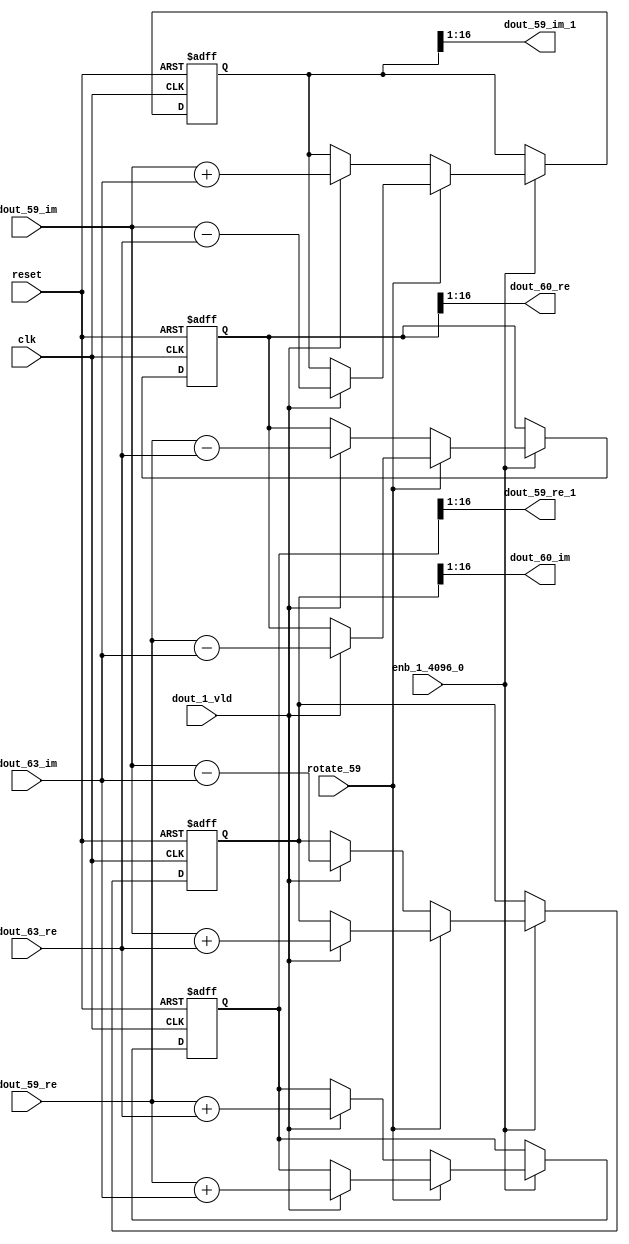
// -------------------------------------------------------------
// 
// 
// Generated by MATLAB 9.14 and HDL Coder 4.1
// 
// -------------------------------------------------------------


// -------------------------------------------------------------
// 
// Module: RADIX22FFT_SDNF2_6_block28
// Source Path: dsphdl.IFFT/RADIX22FFT_SDNF2_6
// Hierarchy Level: 4
// 
// -------------------------------------------------------------

`timescale 1 ns / 1 ns

module RADIX22FFT_SDNF2_6_block28
          (clk,
           reset,
           enb_1_4096_0,
           rotate_59,
           dout_59_re,
           dout_59_im,
           dout_63_re,
           dout_63_im,
           dout_1_vld,
           dout_59_re_1,
           dout_59_im_1,
           dout_60_re,
           dout_60_im);


  input   clk;
  input   reset;
  input   enb_1_4096_0;
  input   rotate_59;  // ufix1
  input   signed [15:0] dout_59_re;  // sfix16_En14
  input   signed [15:0] dout_59_im;  // sfix16_En14
  input   signed [15:0] dout_63_re;  // sfix16_En14
  input   signed [15:0] dout_63_im;  // sfix16_En14
  input   dout_1_vld;
  output  signed [15:0] dout_59_re_1;  // sfix16_En14
  output  signed [15:0] dout_59_im_1;  // sfix16_En14
  output  signed [15:0] dout_60_re;  // sfix16_En14
  output  signed [15:0] dout_60_im;  // sfix16_En14


  reg  Radix22ButterflyG2_NF_din_vld_dly;
  reg signed [16:0] Radix22ButterflyG2_NF_btf1_re_reg;  // sfix17
  reg signed [16:0] Radix22ButterflyG2_NF_btf1_im_reg;  // sfix17
  reg signed [16:0] Radix22ButterflyG2_NF_btf2_re_reg;  // sfix17
  reg signed [16:0] Radix22ButterflyG2_NF_btf2_im_reg;  // sfix17
  reg  Radix22ButterflyG2_NF_din_vld_dly_next;
  reg signed [16:0] Radix22ButterflyG2_NF_btf1_re_reg_next;  // sfix17_En14
  reg signed [16:0] Radix22ButterflyG2_NF_btf1_im_reg_next;  // sfix17_En14
  reg signed [16:0] Radix22ButterflyG2_NF_btf2_re_reg_next;  // sfix17_En14
  reg signed [16:0] Radix22ButterflyG2_NF_btf2_im_reg_next;  // sfix17_En14
  reg signed [15:0] dout_59_re_2;  // sfix16_En14
  reg signed [15:0] dout_59_im_2;  // sfix16_En14
  reg signed [15:0] dout_60_re_1;  // sfix16_En14
  reg signed [15:0] dout_60_im_1;  // sfix16_En14
  reg  dout_6_vld;
  reg signed [16:0] Radix22ButterflyG2_NF_add_cast;  // sfix17_En14
  reg signed [16:0] Radix22ButterflyG2_NF_add_cast_0;  // sfix17_En14
  reg signed [16:0] Radix22ButterflyG2_NF_add_cast_1;  // sfix17_En14
  reg signed [16:0] Radix22ButterflyG2_NF_add_cast_2;  // sfix17_En14
  reg signed [16:0] Radix22ButterflyG2_NF_sub_cast;  // sfix17_En14
  reg signed [16:0] Radix22ButterflyG2_NF_sub_cast_0;  // sfix17_En14
  reg signed [16:0] Radix22ButterflyG2_NF_sub_cast_1;  // sfix17_En14
  reg signed [16:0] Radix22ButterflyG2_NF_sub_cast_2;  // sfix17_En14
  reg signed [16:0] Radix22ButterflyG2_NF_sra_temp;  // sfix17_En14
  reg signed [16:0] Radix22ButterflyG2_NF_add_cast_3;  // sfix17_En14
  reg signed [16:0] Radix22ButterflyG2_NF_add_cast_4;  // sfix17_En14
  reg signed [16:0] Radix22ButterflyG2_NF_add_cast_5;  // sfix17_En14
  reg signed [16:0] Radix22ButterflyG2_NF_add_cast_6;  // sfix17_En14
  reg signed [16:0] Radix22ButterflyG2_NF_sra_temp_0;  // sfix17_En14
  reg signed [16:0] Radix22ButterflyG2_NF_sub_cast_3;  // sfix17_En14
  reg signed [16:0] Radix22ButterflyG2_NF_sub_cast_4;  // sfix17_En14
  reg signed [16:0] Radix22ButterflyG2_NF_sub_cast_5;  // sfix17_En14
  reg signed [16:0] Radix22ButterflyG2_NF_sub_cast_6;  // sfix17_En14
  reg signed [16:0] Radix22ButterflyG2_NF_sra_temp_1;  // sfix17_En14
  reg signed [16:0] Radix22ButterflyG2_NF_sra_temp_2;  // sfix17_En14


  // Radix22ButterflyG2_NF
  always @(posedge clk or posedge reset)
    begin : Radix22ButterflyG2_NF_process
      if (reset == 1'b1) begin
        Radix22ButterflyG2_NF_din_vld_dly <= 1'b0;
        Radix22ButterflyG2_NF_btf1_re_reg <= 17'sb00000000000000000;
        Radix22ButterflyG2_NF_btf1_im_reg <= 17'sb00000000000000000;
        Radix22ButterflyG2_NF_btf2_re_reg <= 17'sb00000000000000000;
        Radix22ButterflyG2_NF_btf2_im_reg <= 17'sb00000000000000000;
      end
      else begin
        if (enb_1_4096_0) begin
          Radix22ButterflyG2_NF_din_vld_dly <= Radix22ButterflyG2_NF_din_vld_dly_next;
          Radix22ButterflyG2_NF_btf1_re_reg <= Radix22ButterflyG2_NF_btf1_re_reg_next;
          Radix22ButterflyG2_NF_btf1_im_reg <= Radix22ButterflyG2_NF_btf1_im_reg_next;
          Radix22ButterflyG2_NF_btf2_re_reg <= Radix22ButterflyG2_NF_btf2_re_reg_next;
          Radix22ButterflyG2_NF_btf2_im_reg <= Radix22ButterflyG2_NF_btf2_im_reg_next;
        end
      end
    end

  always @(Radix22ButterflyG2_NF_btf1_im_reg, Radix22ButterflyG2_NF_btf1_re_reg,
       Radix22ButterflyG2_NF_btf2_im_reg, Radix22ButterflyG2_NF_btf2_re_reg,
       Radix22ButterflyG2_NF_din_vld_dly, dout_1_vld, dout_59_im, dout_59_re,
       dout_63_im, dout_63_re, rotate_59) begin
    Radix22ButterflyG2_NF_add_cast_1 = 17'sb00000000000000000;
    Radix22ButterflyG2_NF_add_cast_2 = 17'sb00000000000000000;
    Radix22ButterflyG2_NF_sub_cast_1 = 17'sb00000000000000000;
    Radix22ButterflyG2_NF_sub_cast_2 = 17'sb00000000000000000;
    Radix22ButterflyG2_NF_add_cast_5 = 17'sb00000000000000000;
    Radix22ButterflyG2_NF_add_cast_6 = 17'sb00000000000000000;
    Radix22ButterflyG2_NF_sub_cast_5 = 17'sb00000000000000000;
    Radix22ButterflyG2_NF_sub_cast_6 = 17'sb00000000000000000;
    Radix22ButterflyG2_NF_add_cast = 17'sb00000000000000000;
    Radix22ButterflyG2_NF_add_cast_0 = 17'sb00000000000000000;
    Radix22ButterflyG2_NF_sub_cast = 17'sb00000000000000000;
    Radix22ButterflyG2_NF_sub_cast_0 = 17'sb00000000000000000;
    Radix22ButterflyG2_NF_add_cast_3 = 17'sb00000000000000000;
    Radix22ButterflyG2_NF_add_cast_4 = 17'sb00000000000000000;
    Radix22ButterflyG2_NF_sub_cast_3 = 17'sb00000000000000000;
    Radix22ButterflyG2_NF_sub_cast_4 = 17'sb00000000000000000;
    Radix22ButterflyG2_NF_btf1_re_reg_next = Radix22ButterflyG2_NF_btf1_re_reg;
    Radix22ButterflyG2_NF_btf1_im_reg_next = Radix22ButterflyG2_NF_btf1_im_reg;
    Radix22ButterflyG2_NF_btf2_re_reg_next = Radix22ButterflyG2_NF_btf2_re_reg;
    Radix22ButterflyG2_NF_btf2_im_reg_next = Radix22ButterflyG2_NF_btf2_im_reg;
    Radix22ButterflyG2_NF_din_vld_dly_next = dout_1_vld;
    if (rotate_59 != 1'b0) begin
      if (dout_1_vld) begin
        Radix22ButterflyG2_NF_add_cast_1 = {dout_59_re[15], dout_59_re};
        Radix22ButterflyG2_NF_add_cast_2 = {dout_63_im[15], dout_63_im};
        Radix22ButterflyG2_NF_btf1_re_reg_next = Radix22ButterflyG2_NF_add_cast_1 + Radix22ButterflyG2_NF_add_cast_2;
        Radix22ButterflyG2_NF_sub_cast_1 = {dout_59_re[15], dout_59_re};
        Radix22ButterflyG2_NF_sub_cast_2 = {dout_63_im[15], dout_63_im};
        Radix22ButterflyG2_NF_btf2_re_reg_next = Radix22ButterflyG2_NF_sub_cast_1 - Radix22ButterflyG2_NF_sub_cast_2;
        Radix22ButterflyG2_NF_add_cast_5 = {dout_59_im[15], dout_59_im};
        Radix22ButterflyG2_NF_add_cast_6 = {dout_63_re[15], dout_63_re};
        Radix22ButterflyG2_NF_btf2_im_reg_next = Radix22ButterflyG2_NF_add_cast_5 + Radix22ButterflyG2_NF_add_cast_6;
        Radix22ButterflyG2_NF_sub_cast_5 = {dout_59_im[15], dout_59_im};
        Radix22ButterflyG2_NF_sub_cast_6 = {dout_63_re[15], dout_63_re};
        Radix22ButterflyG2_NF_btf1_im_reg_next = Radix22ButterflyG2_NF_sub_cast_5 - Radix22ButterflyG2_NF_sub_cast_6;
      end
    end
    else if (dout_1_vld) begin
      Radix22ButterflyG2_NF_add_cast = {dout_59_re[15], dout_59_re};
      Radix22ButterflyG2_NF_add_cast_0 = {dout_63_re[15], dout_63_re};
      Radix22ButterflyG2_NF_btf1_re_reg_next = Radix22ButterflyG2_NF_add_cast + Radix22ButterflyG2_NF_add_cast_0;
      Radix22ButterflyG2_NF_sub_cast = {dout_59_re[15], dout_59_re};
      Radix22ButterflyG2_NF_sub_cast_0 = {dout_63_re[15], dout_63_re};
      Radix22ButterflyG2_NF_btf2_re_reg_next = Radix22ButterflyG2_NF_sub_cast - Radix22ButterflyG2_NF_sub_cast_0;
      Radix22ButterflyG2_NF_add_cast_3 = {dout_59_im[15], dout_59_im};
      Radix22ButterflyG2_NF_add_cast_4 = {dout_63_im[15], dout_63_im};
      Radix22ButterflyG2_NF_btf1_im_reg_next = Radix22ButterflyG2_NF_add_cast_3 + Radix22ButterflyG2_NF_add_cast_4;
      Radix22ButterflyG2_NF_sub_cast_3 = {dout_59_im[15], dout_59_im};
      Radix22ButterflyG2_NF_sub_cast_4 = {dout_63_im[15], dout_63_im};
      Radix22ButterflyG2_NF_btf2_im_reg_next = Radix22ButterflyG2_NF_sub_cast_3 - Radix22ButterflyG2_NF_sub_cast_4;
    end
    Radix22ButterflyG2_NF_sra_temp = Radix22ButterflyG2_NF_btf1_re_reg >>> 8'd1;
    dout_59_re_2 = Radix22ButterflyG2_NF_sra_temp[15:0];
    Radix22ButterflyG2_NF_sra_temp_0 = Radix22ButterflyG2_NF_btf1_im_reg >>> 8'd1;
    dout_59_im_2 = Radix22ButterflyG2_NF_sra_temp_0[15:0];
    Radix22ButterflyG2_NF_sra_temp_1 = Radix22ButterflyG2_NF_btf2_re_reg >>> 8'd1;
    dout_60_re_1 = Radix22ButterflyG2_NF_sra_temp_1[15:0];
    Radix22ButterflyG2_NF_sra_temp_2 = Radix22ButterflyG2_NF_btf2_im_reg >>> 8'd1;
    dout_60_im_1 = Radix22ButterflyG2_NF_sra_temp_2[15:0];
    dout_6_vld = Radix22ButterflyG2_NF_din_vld_dly;
  end



  assign dout_59_re_1 = dout_59_re_2;

  assign dout_59_im_1 = dout_59_im_2;

  assign dout_60_re = dout_60_re_1;

  assign dout_60_im = dout_60_im_1;

endmodule  // RADIX22FFT_SDNF2_6_block28